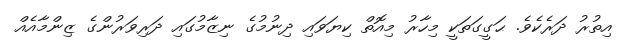
އިތުރު ދަރެކެވެ. ޙަގީގަތަކީ މިހާރު މިއޮތް ކިޔަވައި ދިނުމުގެ ނިޒާމުގައި ދަރިވަރުންގެ ޒިންމާއެއް